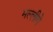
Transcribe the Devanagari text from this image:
मल्लीगे